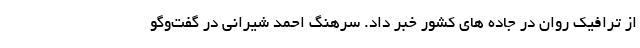
از ترافیک روان در جاده های کشور خبر داد. سرهنگ احمد شیرانی در گفت‌وگو